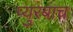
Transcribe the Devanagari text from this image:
प्युरबाच